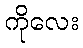
ကိုလေး